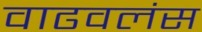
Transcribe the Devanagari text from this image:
वाढवलंस